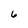
Character: 6